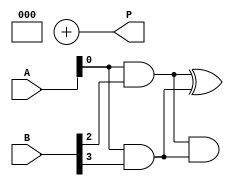
module wallace_tree_multiplier #(parameter n = 4) (
    input [n-1:0] A,
    input [n-1:0] B,
    output reg [2*n-1:0] P
);

    // Partial product generation
    wire [n-1:0] pp [0:n-1]; // Partial products

    genvar i, j;
    generate
        for (i = 0; i < n; i = i + 1) begin : pp_gen
            assign pp[i] = A & {n{B[i]}}; // AND operation to generate partial products
        end
    endgenerate

    // Wallace tree reduction
    wire [n-1:0] sum [0:n-1]; // Sums at each level
    wire [n-1:0] carry [0:n-1]; // Carries at each level

    // Initial stage: First level of partial products
    wire [n-1:0] level1_sum [0:n-1];
    wire [n-1:0] level1_carry [0:n-1];

    // Half adders and full adders for reduction
    generate
        for (i = 0; i < n; i = i + 1) begin : reduction
            if (i < n-1) begin
                // Half adder for the first two bits
                assign level1_sum[i] = pp[i][0] ^ pp[i+1][0];
                assign level1_carry[i] = pp[i][0] & pp[i+1][0];
            end
            if (i < n-2) begin
                // Full adder for the next bits
                assign level1_sum[i+1] = pp[i][1] ^ pp[i+1][1] ^ level1_carry[i];
                assign level1_carry[i+1] = (pp[i][1] & pp[i+1][1]) | (level1_carry[i] & (pp[i][1] ^ pp[i+1][1]));
            end
        end
    endgenerate

    // Final addition of the last two rows
    wire [2*n-1:0] final_sum;
    wire [2*n-1:0] final_carry;

    assign final_sum = {1'b0, level1_sum[0], level1_sum[1], level1_sum[2], level1_sum[3]} + 
                       {1'b0, level1_carry[0], level1_carry[1], level1_carry[2], level1_carry[3]};

    // Final product assignment
    always @(*) begin
        P = final_sum;
    end

endmodule